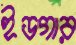
ইডগার